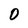
Character: 0